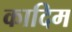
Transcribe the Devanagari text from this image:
कादिम